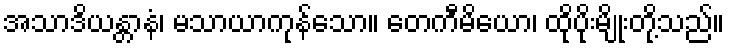
အသာဒိယန္တာနံ၊ မသာယာကုန်သော။ တေကီမိယော၊ ထိုပိုးမျိုးတို့သည်။